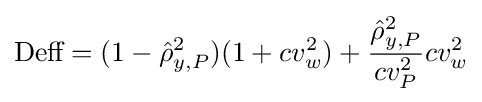
{\text{Deff}}=(1-{\hat {\rho }}_{y,P}^{2})(1+cv_{w}^{2})+{\frac {{\hat {\rho }}_{y,P}^{2}}{cv_{P}^{2}}}cv_{w}^{2}